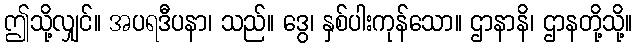
ဤသို့လျှင်။ အပရဒီပနာ၊ သည်။ ဒွေ၊ နှစ်ပါးကုန်သော။ ဌာနာနိ၊ ဌာနတို့သို့။